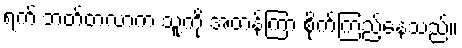
ရက် ဘတ်တလာက သူ့ကို အတန်ကြာ စိုက်ကြည့်နေသည်။